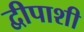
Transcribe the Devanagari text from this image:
द्वीपाशी